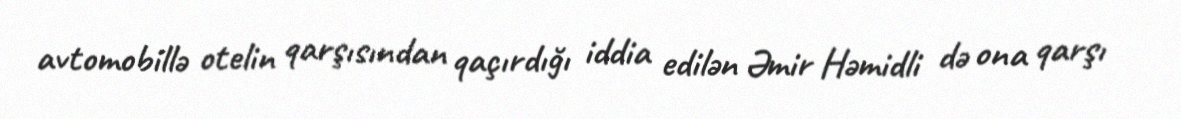
avtomobillə otelin qarşısından qaçırdığı iddia edilən Əmir Həmidli də ona qarşı